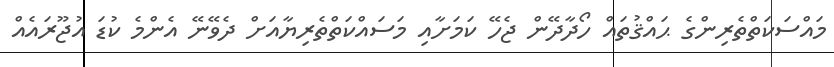
މައްސަކަތްތެރިންގެ ޙައްޤުތައް ހޯދާދޭން ޖެހޭ ކަމަށާއި މަސައްކަތްތެރިޔާއަށް ދެވޭނޭ އެންމެ ކުޑަ އުޖޫރައެއް